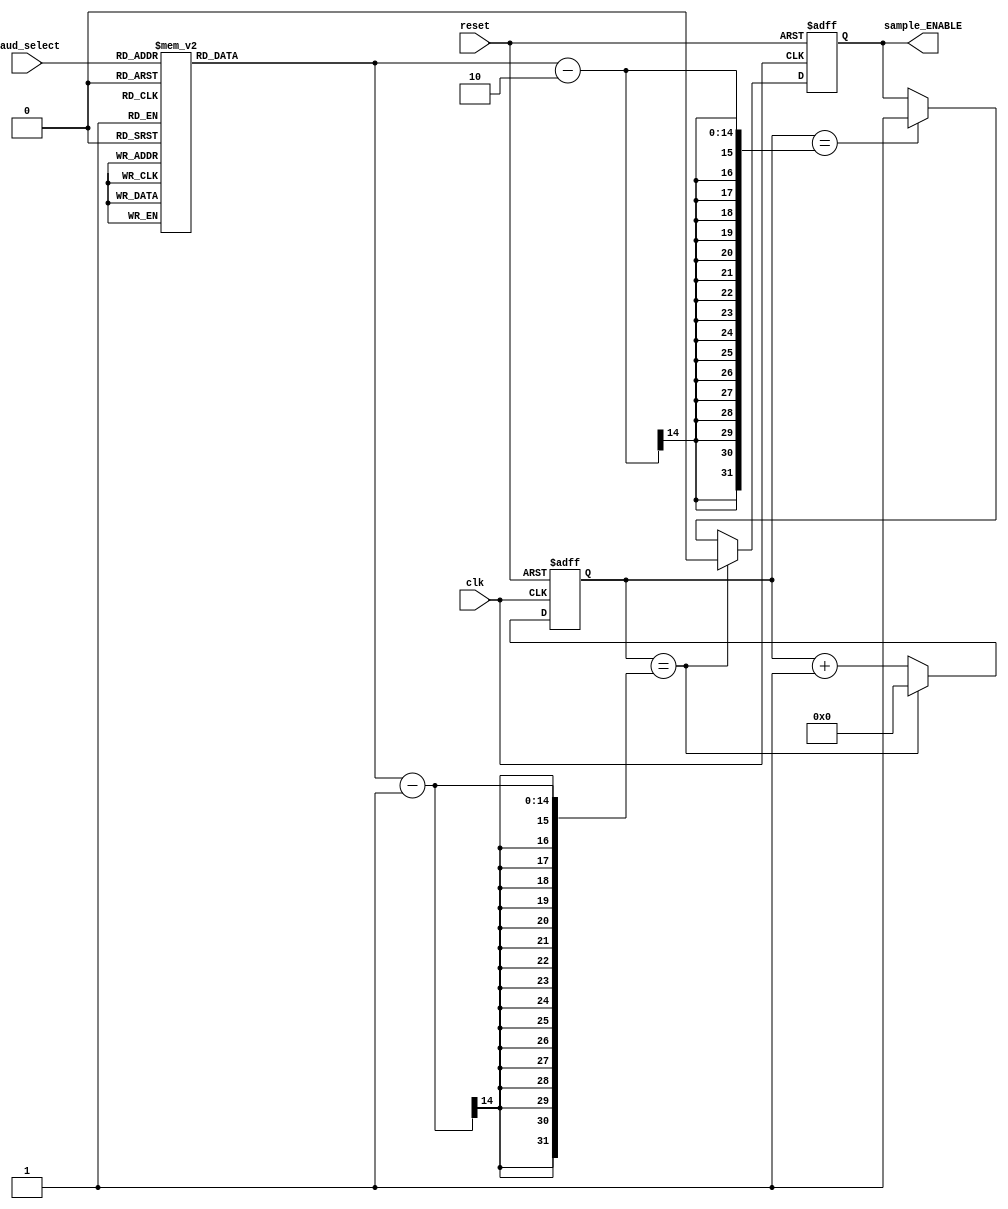

`timescale 1ns / 1ps



module baud_controller(reset, clk, baud_select, sample_ENABLE);

input clk, reset;

input [2:0] baud_select;

output reg sample_ENABLE = 0;



reg[13:0] max_value;

reg[13:0] counter;  

always @(baud_select) begin

    case(baud_select)

	3'b000:max_value = 10417;   // the actual max value is one less, this was not changed for readability issues

      	3'b001:max_value = 2604;

        3'b010:max_value = 651;

        3'b011:max_value = 326; 

        3'b100:max_value = 163;

        3'b101:max_value = 81;

        3'b110:max_value = 54;

        3'b111:max_value = 27;

    endcase        

end

  

  

always@(posedge clk or posedge reset)

begin

	if (reset)

	begin

		counter = 0;

      	sample_ENABLE = 0;

	end	

	else 

	begin

      if (counter == max_value -1)

        begin

          	sample_ENABLE = 0;

          	counter = 0;

        end

	  else

        begin

          if (counter == max_value -2)

			begin

          		sample_ENABLE = 1;

			end

			counter = counter + 1;

		end

	end

end



endmodule